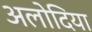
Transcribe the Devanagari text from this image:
अलोदिया